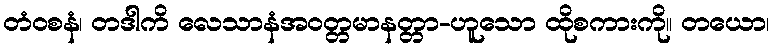
တံဝစနံ၊ တဒါကိ လေသာနံအဝတ္တမာနတ္တာ-ဟူသော ထိုစကားကို။ တယော၊